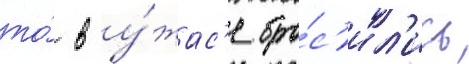
то́ в у́жас'е бро́с'ил'ись